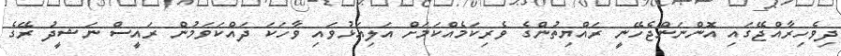
ދިވެހިރާއްޖޭގައި އޮންނަންޖެހޭނީ ރައްޔިތުންގެ ވެރިކަމެއްކަމަށް އަލިއަޅުވައި ވާހަކަ ދައްކަވަމުން ރައީސް ނަޝީދު ރޭގެ